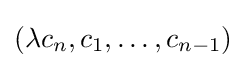
(\lambda c_{n},c_{1},\dots ,c_{n-1})